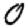
Digit: 0